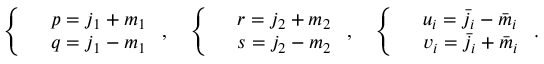
\left\{ \begin{array} { l l } & { p = j _ { 1 } + m _ { 1 } } \\ & { q = j _ { 1 } - m _ { 1 } } \end{array} \right. , \quad \left\{ \begin{array} { l l } & { r = j _ { 2 } + m _ { 2 } } \\ & { s = j _ { 2 } - m _ { 2 } } \end{array} \right. , \quad \left\{ \begin{array} { l l } & { u _ { i } = \bar { j } _ { i } - \bar { m } _ { i } } \\ & { v _ { i } = \bar { j } _ { i } + \bar { m } _ { i } } \end{array} \right. .